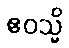
ဧဝသ္မိ